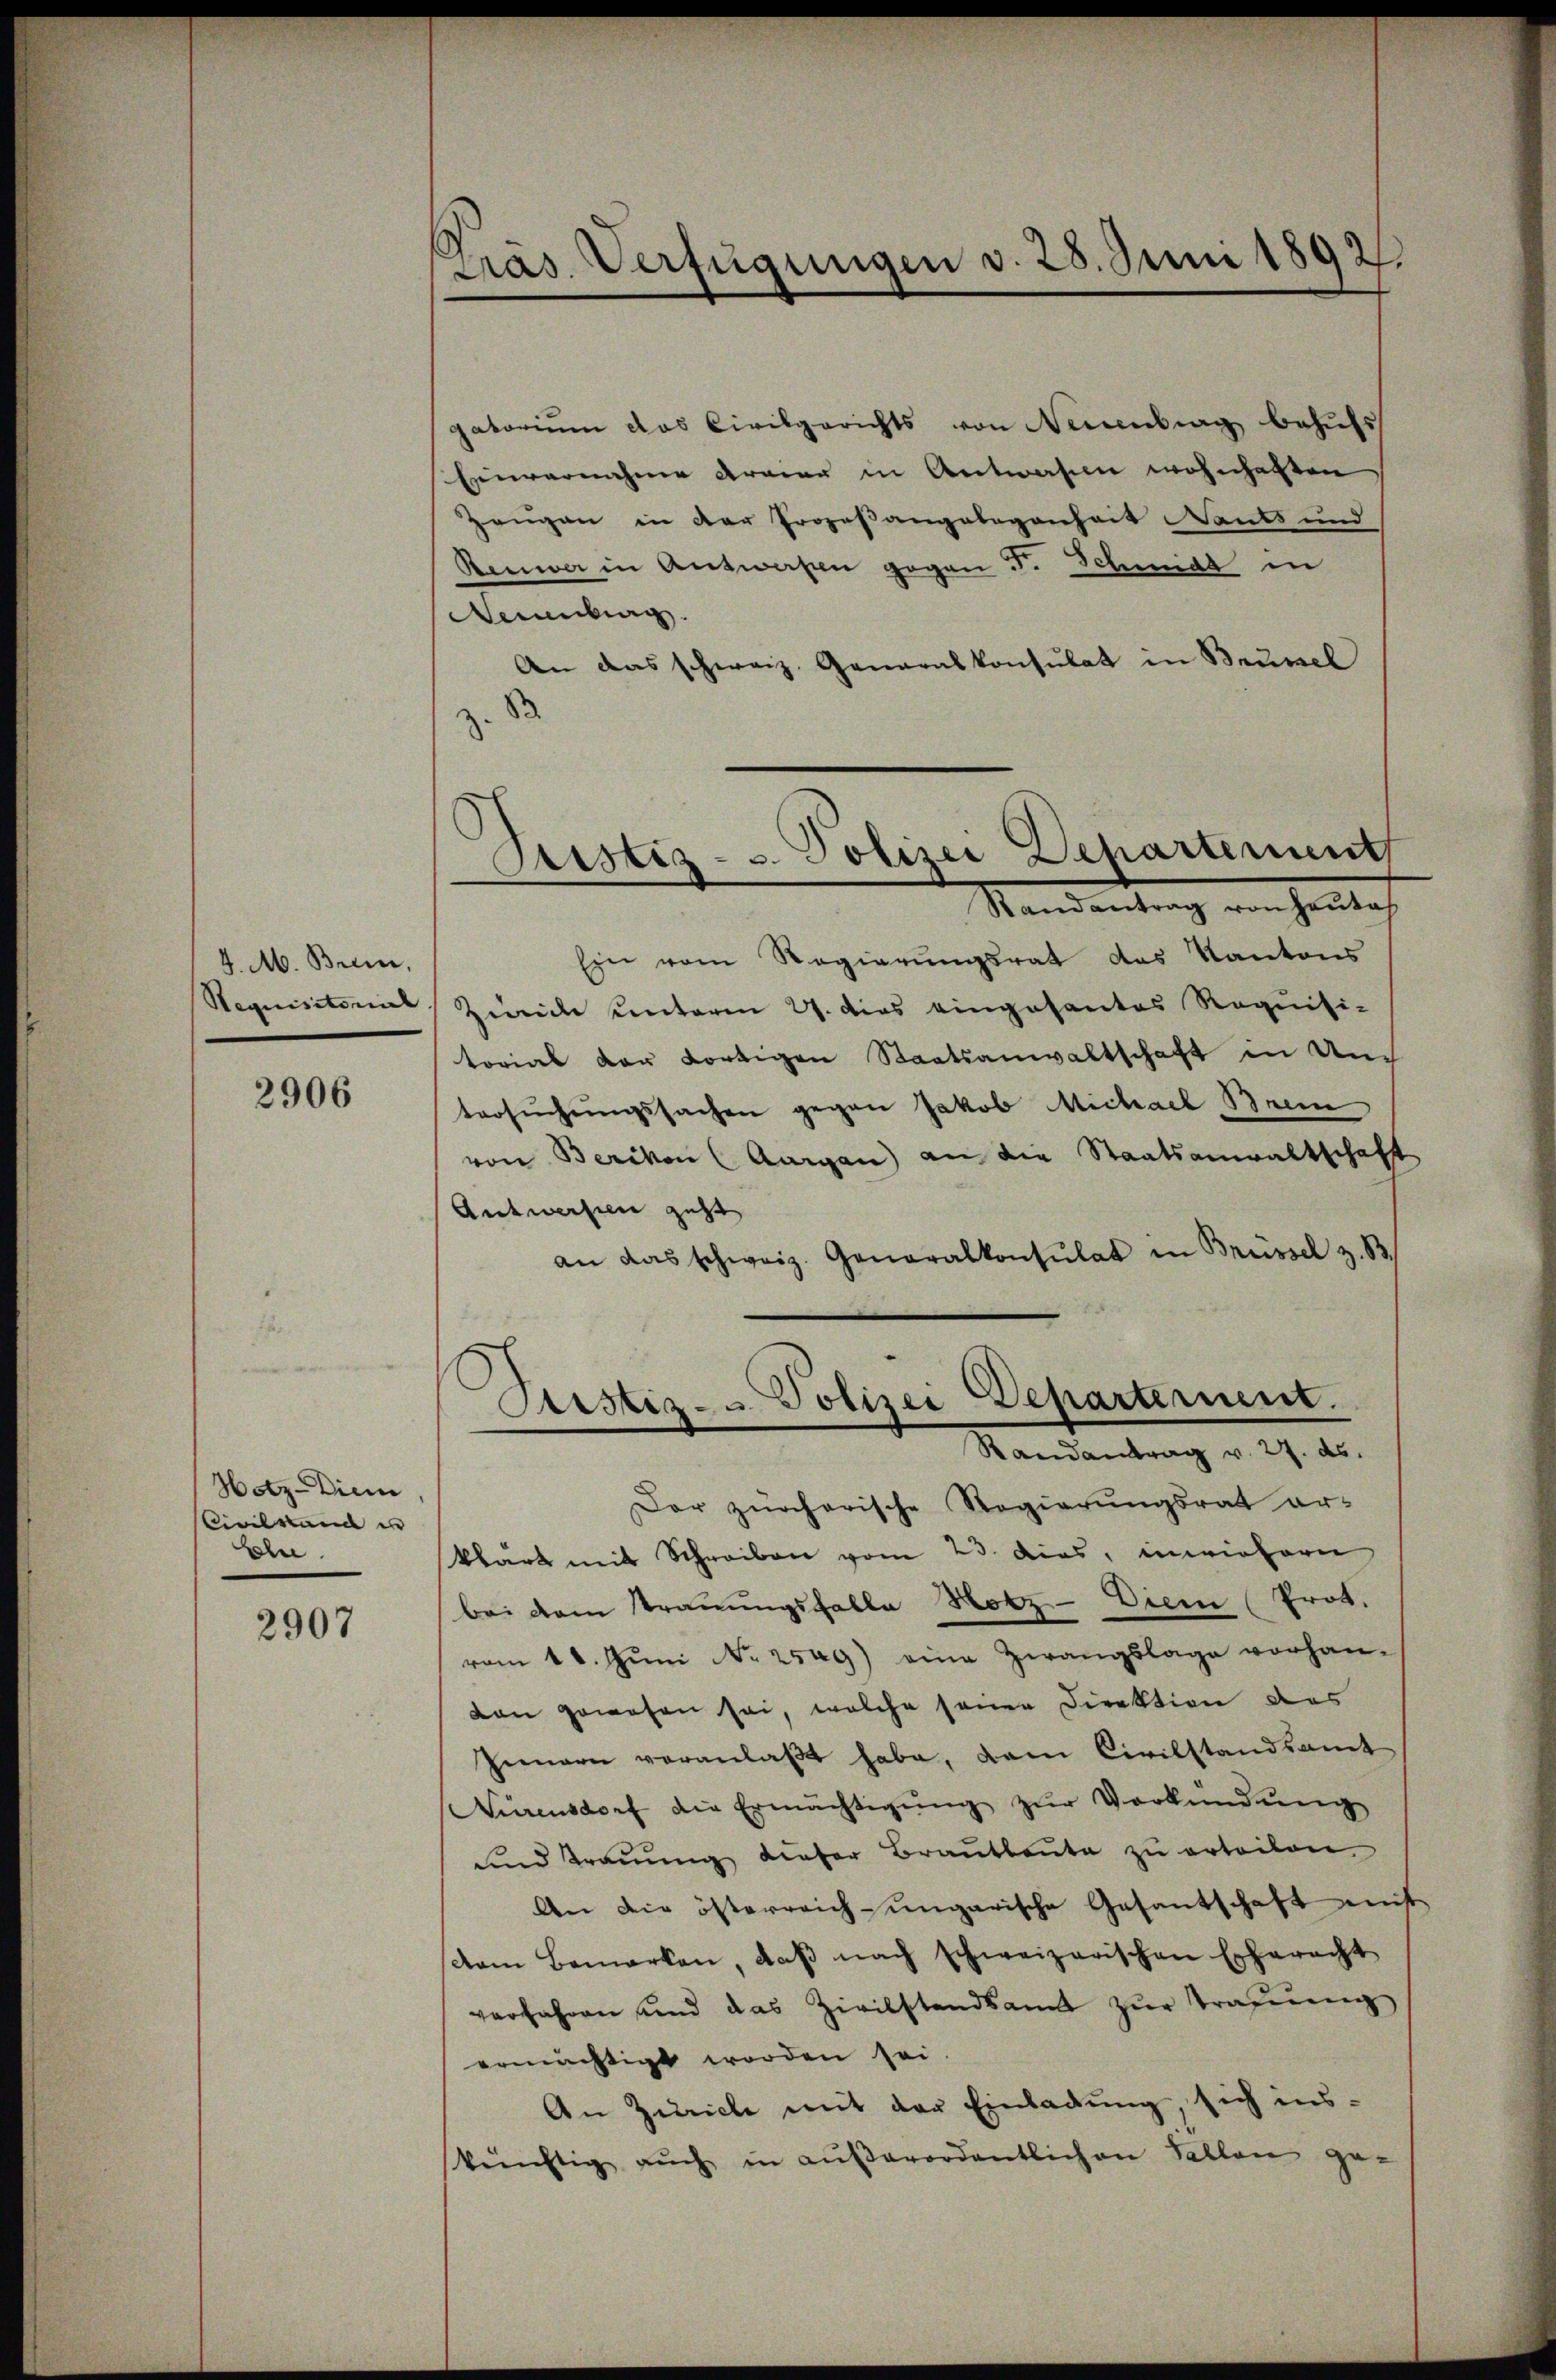
4. M. Brenne,
Requisitorial

2906

Hetz-Diem
Civilstand es
Ehn

2907

Pas Verfügungen v. 28. Juni 1892.

Sistiz- u. Polizei Dehartement

Sistiz- & Polizei Departement.

gatorium das Civilgerichts von Namentrag behufs
Einvernahme dreier in Antwaren wohnhaften
Zeugen in der Prozeßangelegenheit ants und
Renwar in Antworten gegen S. Schmidt in
Neuenburg.
An das schweiz. Generalkonsulat in Brüssel
B.
Standentrag von hinterh
Ein vom Regierungsrat des Kantons
Zweiche unterm 27. Dies eingesantes Requisi-
torial der Fortigen Staatsanwaltschaft in Un
tersŭchŭngssachen gegen Jakob Michael Brem
von Berikon (Aargau an die Staatsanwaltschaft
Antworten geht
an das schweiz. Generalkonsulat in Brüssel z. B.
Randantrag v. 27. ds.
Der zürcherische Regierungsrat ar-
klart mit Schreiben vom 23. dies, inviehern
bei dem Trauungsfalle Hotz - Dien (Prot.
vom 18. Jŭni No 2549) eine Zwangslage vorhan-
von gewesen sei, welche seiner Direktion des
Innern veranlaβt habe, dem Civilstandsamt
Nierensdorf die Ermächtigŭng zŭr Verkündŭng
ŭnd traŭŭng dieser Braŭtbaŭte zŭ erteilen.
An die österreich-ungarische Gesantschaft mitt
dam Bemerken, daβ nach schweizerischen Erharacht
verfahren sind das Zivilstandsamt zŭr Tragŭng
ermächtigt worden sei.
An Zürich mit der Einladung, sich inskünftig aŭch in aŭβerordentlichen Fallen ge-